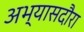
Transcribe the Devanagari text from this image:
अभ्यासदौरा